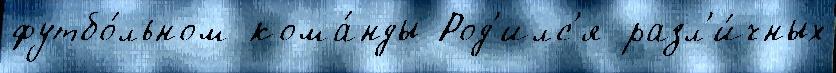
футбо́льном кома́нды Род'илс'я разл'и́чных